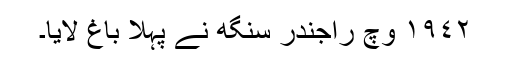
١٩٤٢ وچ راجندر سنگھ نے پہلا باغ لایا۔